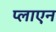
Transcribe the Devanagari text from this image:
प्लाएन